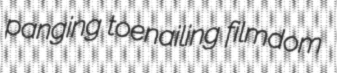
panging toenailing filmdom